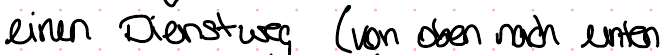
einen Dienstweg (von oben nach unten